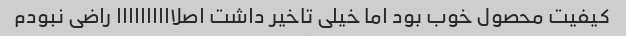
کیفیت محصول خوب بود اما خیلی تاخیر داشت اصلاااااااااا راضی نبودم